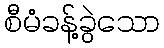
စီမံခန့်ခွဲသော